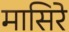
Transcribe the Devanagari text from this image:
मासिरे